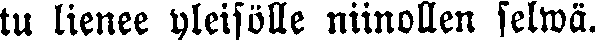
tu lienee yleisölle niinollen selwä.